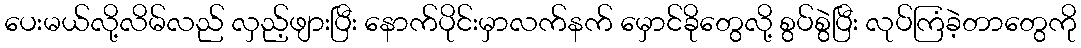
ပေးမယ်လို့လိမ်လည် လှည့်ဖျားပြီး နောက်ပိုင်းမှာလက်နက် မှောင်ခိုတွေလို့ စွပ်စွဲပြီး လုပ်ကြံခဲ့တာတွေကို